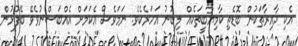
އެކި ދާއިރާތަކުން ބޮޑެތި ކާމިޔާބީތަކެއް ލިބުނު އަހަރެކެވެ. ނަމަވެސް އެކަމަށް އެއްބަސްނުވެވޭ ބޭފުޅުން